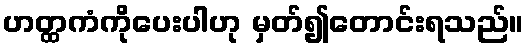
ဟတ္ထကံကိုပေးပါဟု မှတ်၍တောင်းရသည်။